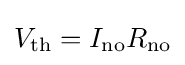
V_{\rm {th}}=I_{\rm {no}}R_{\rm {no}}